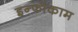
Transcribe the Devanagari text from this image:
इन्फोकाम